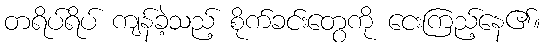
တရိပ်ရိပ် ကျန်ခဲ့သည့် စိုက်ခင်းတွေကို ငေးကြည့်နေ၏။